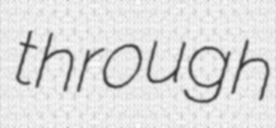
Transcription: through